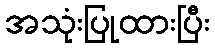
အသုံးပြုထားပြီး